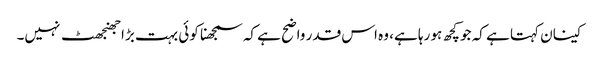
کینان کہتا ہے کہ جو کچھ ہو رہا ہے، وہ اس قدر واضح ہے کہ سمجھنا کوئی بہت بڑا جھنجھٹ نہیں۔